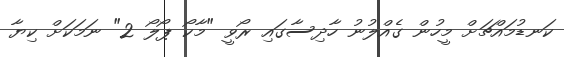
ކަނޑުމައްޗަށް މީހުން ގެއްލުނު ހާދިސާގައި ރޯވީ "މާކޯ ޕޯލޯ 2" ނަމަކަށް ކިޔާ